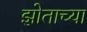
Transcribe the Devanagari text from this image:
झोताच्या